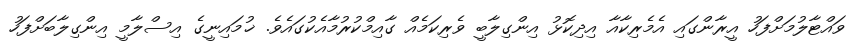
ވައްޓާލުމަށްފަހު އީރާންގައި އެމެރިކާއާ އިދިކޮޅު އިންގިލާބީ ވެރިކަމެއް ގާއިމްކުރުމާއެކުގައެވެ. ޚުމައިނީގެ އިސްލާމީ އިންގިލާބަށްފަހު